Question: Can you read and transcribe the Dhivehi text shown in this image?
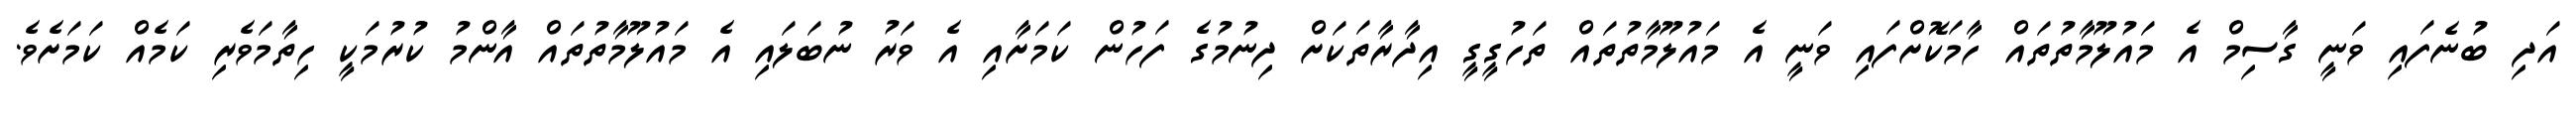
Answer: އަދި ބުނެފައި ވަނީ ގާސިމް އެ މައުލޫމާތުތައް ހާމަކޮށްފައި ވަނީ އެ މައުލޫމާތުތައް ތަހުގީގީ އިދާރާތަކަށް ދިނުމުގެ ފަހުން ކަމަށާއި އެ ވަރު ނުބަލައި އެ މައުލޫމާތުތައް އާންމު ކުރުމަކީ ހިތާމަވެރި ކަމެއް ކަމަށެވެ.